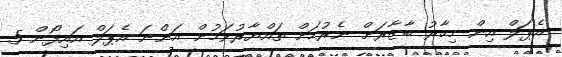
އެޕަލް އިން މިހާރު ބާޒާރަށް ނެރުމަށް ތައްޔާރުވަމުން އަންނަ އެޕަލް އައިފޯން 5